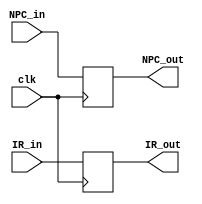
`timescale 1ns / 1ps
//////////////////////////////////////////////////////////////////////////////////
// Company: 
// Engineer: 
// 
// Design Name: 
// Module Name:    IF_ID_reg 
// Project Name: 
// Target Devices: 
// Tool versions: 
// Description: 
//
// Dependencies: 
//
// Revision: 
// Revision 0.01 - File Created
// Additional Comments: 
//
//////////////////////////////////////////////////////////////////////////////////
module IF_ID_reg(input clk,
    input [31:0] NPC_in,
    input [31:0] IR_in,
    output [31:0] NPC_out,
    output [31:0] IR_out
	 );

reg [31:0] NPC;

reg[31:0]  IR;


assign NPC_out = NPC;

assign IR_out = IR;

always @(posedge clk)
	
	begin
	 NPC <= NPC_in ;
	 
	 IR  <= IR_in ;

	end

endmodule